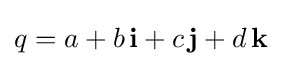
q=a+b\,\mathbf {i} +c\,\mathbf {j} +d\,\mathbf {k}